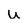
Character: u